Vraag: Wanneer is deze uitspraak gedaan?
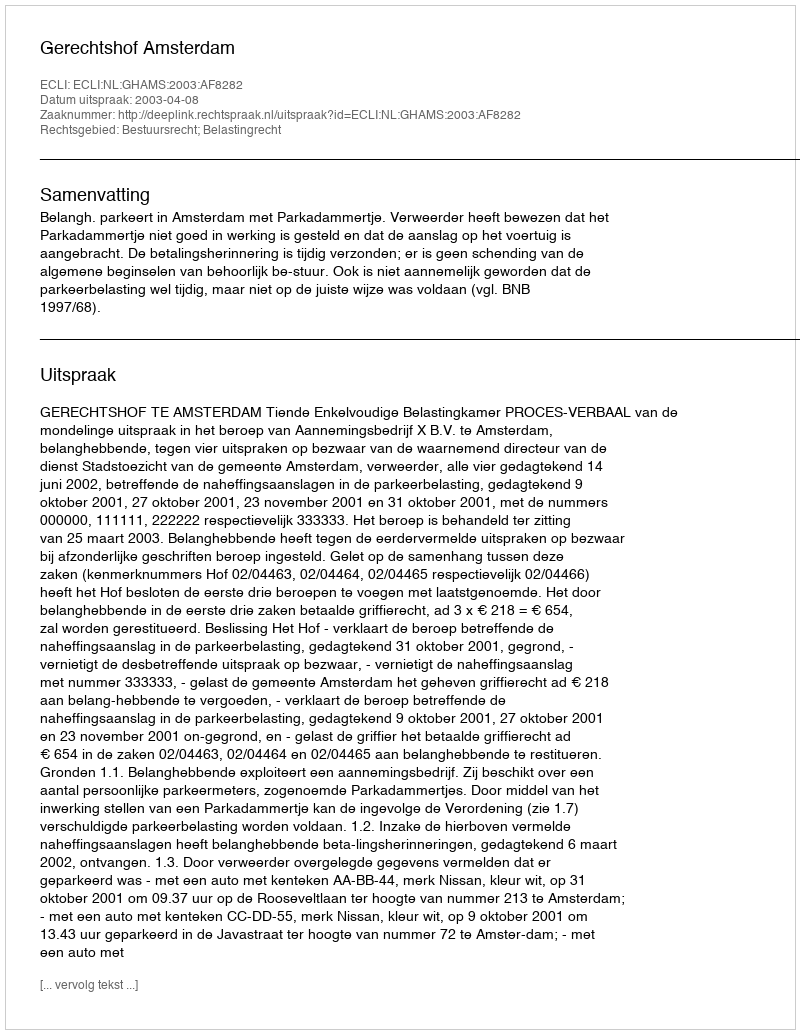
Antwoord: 2003-04-08